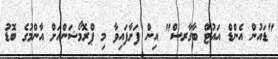
"ޑައުން އެންޑް އައުޓް ބާގާރސް" އިން ފަށާފައިވާ މި ޕްރޮމޯޝަންއަށް އާންމުގެ ބޮޑު